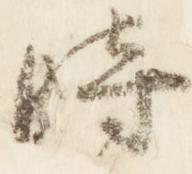
時